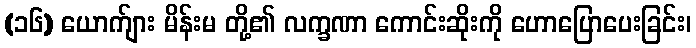
(၁၆) ယောက်ျား မိန်းမ တို့၏ လက္ခဏာ ကောင်းဆိုးကို ဟောပြောပေးခြင်း၊